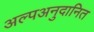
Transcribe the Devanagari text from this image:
अल्पअनुदानित